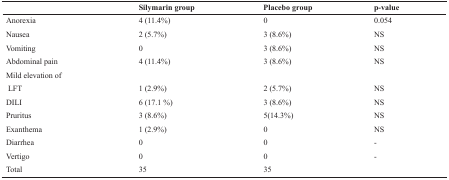
<table><thead><tr><td></td><td><b>Silymarin group</b></td><td><b>Placebo group</b></td><td><b>p-value</b></td></tr></thead><tbody><tr><td>Anorexia</td><td>4 (11.4%)</td><td>0</td><td>0.054</td></tr><tr><td>Nausea</td><td>2 (5.7%)</td><td>3 (8.6%)</td><td>NS</td></tr><tr><td>Vomiting</td><td>0</td><td>3 (8.6%)</td><td>NS</td></tr><tr><td>Abdominal pain</td><td>4 (11.4%)</td><td>3 (8.6%)</td><td>NS</td></tr><tr><td>Mild elevation ofLFT</td><td>1 (2.9%)</td><td>2 (5.7%)</td><td>NS</td></tr><tr><td>DILI</td><td>6 (17.1 %)</td><td>3 (8.6%)</td><td>NS</td></tr><tr><td>Pruritus</td><td>3 (8.6%)</td><td>5(14.3%)</td><td>NS</td></tr><tr><td>Exanthema</td><td>1 (2.9%)</td><td>0</td><td>NS</td></tr><tr><td>Diarrhea</td><td>0</td><td>0</td><td>-</td></tr><tr><td>Vertigo</td><td>0</td><td>0</td><td>-</td></tr></tbody></table>